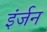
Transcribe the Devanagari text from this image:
इंर्जन